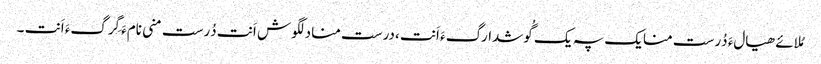
مُلائے ھیالءَ دُرست منایک پہ یک گُوشدارگءَ اَنت ،درست منادلگوش اَنت دُرست منی نامءَ گِرگءَ اَنت ۔